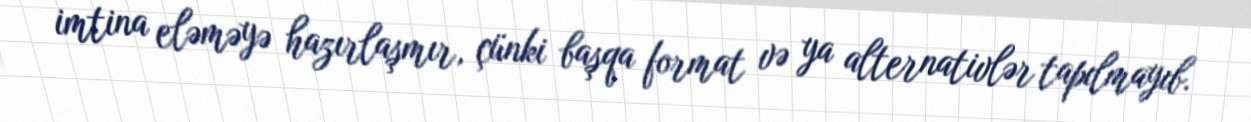
imtina eləməyə hazırlaşmır, çünki başqa format və ya alternativlər tapılmayıb.